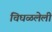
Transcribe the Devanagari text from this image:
चिघळलेली